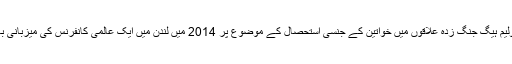
انجلینا جولی اور ولیم ہیگ جنگ زدہ علاقوں میں خواتین کے جنسی استحصال کے موضوع پر 2014 میں لندن میں ایک عالمی کانفرنس کی میزبانی بھی کر چکے ہیں۔